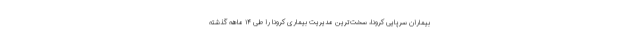
بیماران سرپایی کرونا، سخت‌ترین مدیریت بیماری کرونا را طی ۱۴ ماهه گذشته